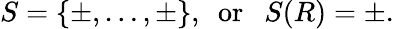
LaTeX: S=\{ \pm,\dots,\pm\} ,~~\mathrm{or}~~~S(R)=\pm.